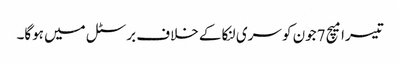
تیسرا میچ 7جون کو سری لنکا کے خلاف برسٹل میں ہوگا۔